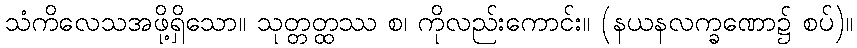
သံကိလေသအဖို့ရှိသော။ သုတ္တတ္ထဿ စ၊ ကိုလည်းကောင်း။ (နယနလက္ခဏော၌ စပ်)။